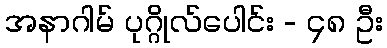
အနာဂါမ် ပုဂ္ဂိုလ်ပေါင်း - ၄၈ ဦး